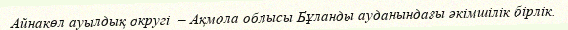
Айнакөл ауылдық округі  – Ақмола облысы Бұланды ауданындағы әкімшілік бірлік.